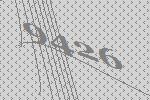
9426